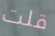
قلت